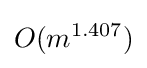
O(m^{1.407})